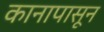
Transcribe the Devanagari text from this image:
कानापासून